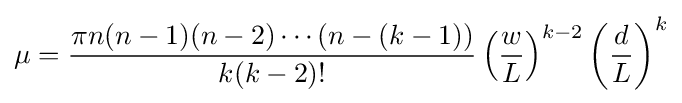
\mu ={\frac {\pi n(n-1)(n-2)\cdots (n-(k-1))}{k(k-2)!}}\left({\frac {w}{L}}\right)^{k-2}\left({\frac {d}{L}}\right)^{k}